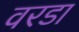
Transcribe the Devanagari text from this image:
वरडा